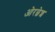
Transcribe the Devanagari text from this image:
ओरछेश